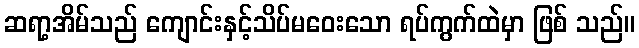
ဆရာ့အိမ်သည် ကျောင်းနှင့်သိပ်မဝေးသော ရပ်ကွက်ထဲမှာ ဖြစ် သည်။